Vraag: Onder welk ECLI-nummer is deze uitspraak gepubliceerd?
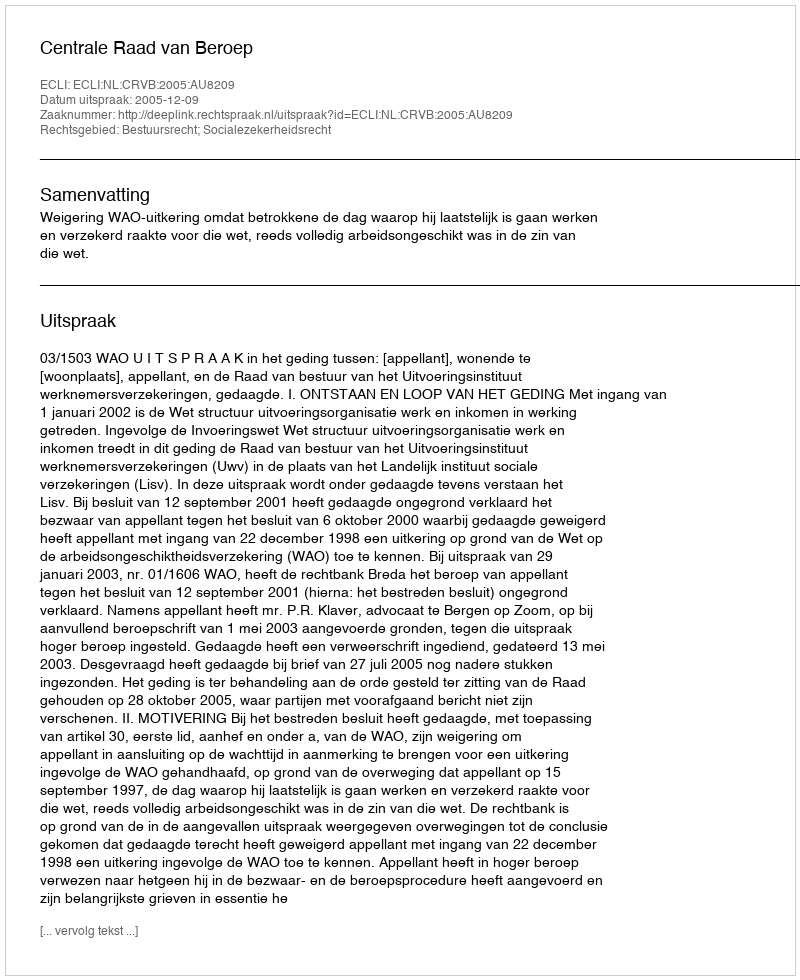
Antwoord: ECLI:NL:CRVB:2005:AU8209